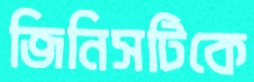
জিনিসটিকে